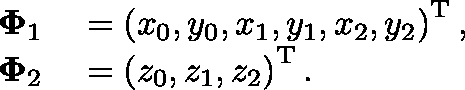
\begin{array} { r l } { \mathbf { \Phi } _ { 1 } } & { { } = \left( x _ { 0 } , y _ { 0 } , x _ { 1 } , y _ { 1 } , x _ { 2 } , y _ { 2 } \right) ^ { \mathrm { T } } , } \\ { \mathbf { \Phi } _ { 2 } } & { { } = \left( z _ { 0 } , z _ { 1 } , z _ { 2 } \right) ^ { \mathrm { T } } . } \end{array}